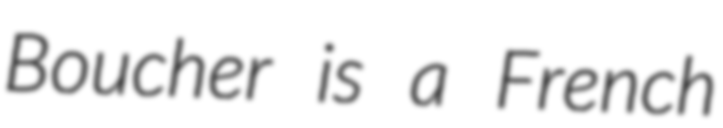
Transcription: Boucher is a French